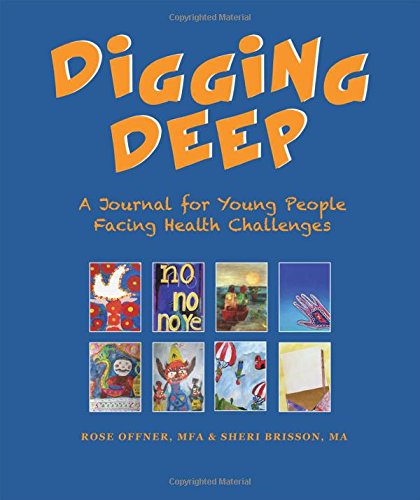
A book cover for Digging Deep: A Journal for Young People Facing Health Challenges; Rose Offner; Teen & Young Adult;